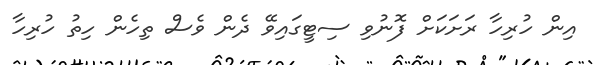
އިން ހުރިހާ ރަށަކަށް ފޮނުވި ސިޓީގައިވޭ ދެން ވެސް ތިހެން ހިތު ހުރިހާ